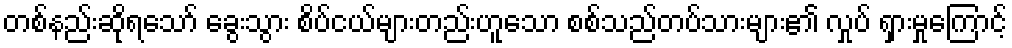
တစ်နည်းဆိုရသော် ခွေးသွား စိပ်ငယ်များတည်းဟူသော စစ်သည်တပ်သားများ၏ လှုပ် ရှားမှုကြောင့်